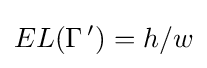
EL(\Gamma \,')=h/w